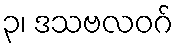
၃၊ ဒသဗလဝဂ်